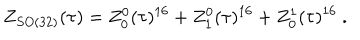
Z _ { S O ( 3 2 ) } ( \tau ) = Z _ { 0 } ^ { 0 } ( \tau ) ^ { 1 6 } + Z _ { 1 } ^ { 0 } ( \tau ) ^ { 1 6 } + Z _ { 0 } ^ { 1 } ( \tau ) ^ { 1 6 } \ .